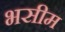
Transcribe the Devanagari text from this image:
भसीम